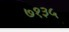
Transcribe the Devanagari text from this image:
७१३५